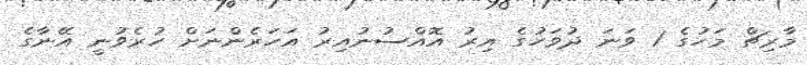
މާރިޗް މަހުގެ 1 ވަނަ ދުވަހުގެ އިރު އޮއްސުނުއިރު އަހަރެންނަށް ހުރެވުނީ އޭނާގެ